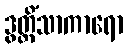
ဒွတ္တိံသာကာရော